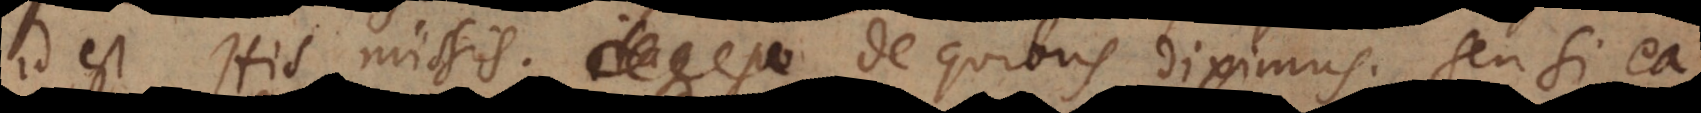
est His missis; de quibus diximus; seu si ea